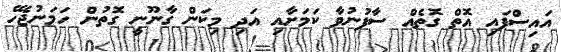
އައިސްފައި އޮތް ގޮތެއް ސާފުނުވާ ކަމަށާއި އަދި މިކަން ގާނޫނީ ގޮތުން ހަމަނުޖެހޭ